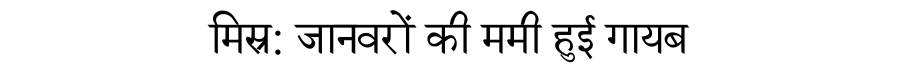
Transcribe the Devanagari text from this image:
मिस्र: जानवरों की ममी हुई गायब